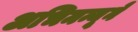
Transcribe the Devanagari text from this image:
अभिमन्यूने